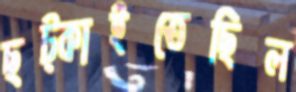
ছট্‌কাইতেছিল